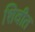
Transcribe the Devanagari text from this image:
शिवीत